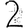
Digit: 2